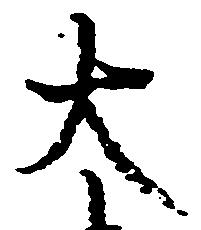
大